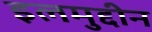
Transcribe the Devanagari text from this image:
इलमुद्दीन